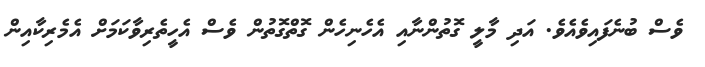
ވެސް ބުނެފައިވެއެވެ. އަދި މާލީ ގޮތުންނާއި އެހެނިހެން ގޮތްގޮތުން ވެސް އެހީތެރިވާކަމަށް އެމެރިކާއިން